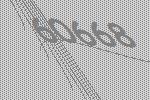
60668